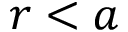
r < a